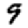
Digit: 9